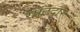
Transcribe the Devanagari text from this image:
रपटदार